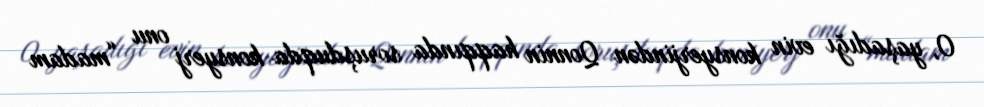
O, yaşadığı evin konsyerjindən Qonnin haqqında soruşduqda konsyerj onu “madam